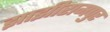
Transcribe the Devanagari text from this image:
झाझीरामपुर